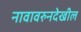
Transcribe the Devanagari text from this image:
नावावरुनदेखील